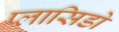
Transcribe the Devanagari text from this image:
प्लासिडो